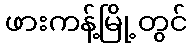
ဖားကန့်မြို့တွင်